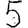
Digit: 5